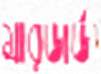
মারডার্ড